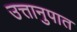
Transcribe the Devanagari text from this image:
उत्तानुपात